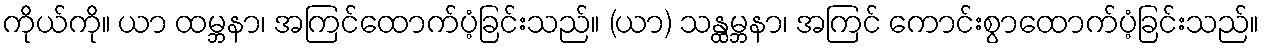
ကိုယ်ကို။ ယာ ထမ္ဘနာ၊ အကြင်ထောက်ပံ့ခြင်းသည်။ (ယာ) သန္ထမ္ဘနာ၊ အကြင် ကောင်းစွာထောက်ပံ့ခြင်းသည်။